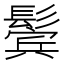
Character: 鬓